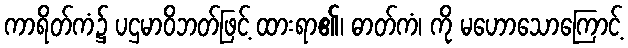
ကာရိတ်ကံ၌ ပဌမာဝိဘတ်ဖြင့် ထားရာ၏၊ ဓာတ်ကံ၊ ကို မဟောသောကြောင့်